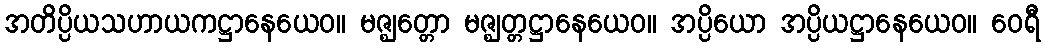
အတိပ္ပိယသဟာယကဋ္ဌာနေယေဝ။ မဇ္ဈတ္တော မဇ္ဈတ္တဋ္ဌာနေယေဝ။ အပ္ပိယော အပ္ပိယဋ္ဌာနေယေဝ။ ဝေရီ